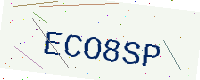
Text: ECO8SP